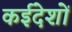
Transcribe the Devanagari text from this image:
कईदेशों